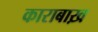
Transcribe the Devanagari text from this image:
काराबाख़